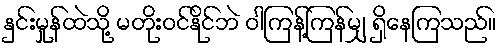
နှင်းမှုန်ထဲသို့ မတိုးဝင်နိုင်ဘဲ ဝါကြန့်ကြန်မျှ ရှိနေကြသည်။